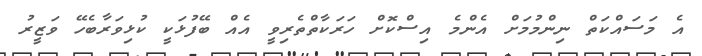
އެ މަސައްކަތް ނިންމުމަށް އެންމެ އިސްކޮށް ހަރަކާތްތެރިވީ އެއް ބޭފުޅަކީ ކުޅިވަރާބެހޭ ވަޒީރު